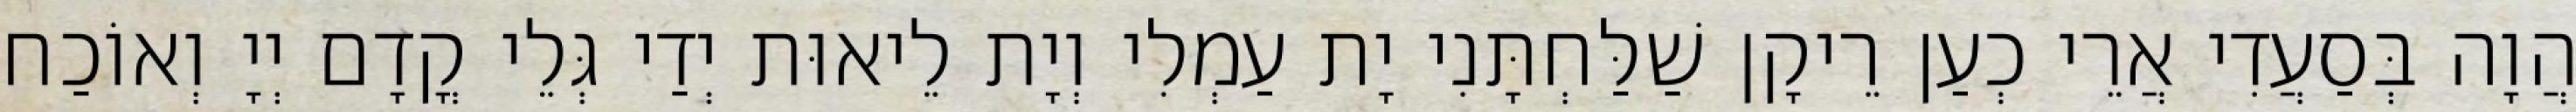
הֲוָה בְּסַעֲדִי אֲרֵי כְעַן רֵיקָן שַׁלַּחְתָּנִי יָת עַמְלִי וְיָת לֵיאוּת יְדַי גְּלֵי קֳדָם יְיָ וְאוֹכַח